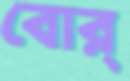
বোর্